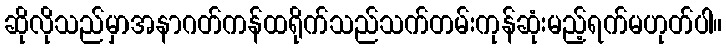
ဆိုလိုသည်မှာအနာဂတ်ကန်ထရိုက်သည်သက်တမ်းကုန်ဆုံးမည့်ရက်မဟုတ်ပါ။